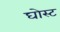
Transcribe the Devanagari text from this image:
घोस्‍ट